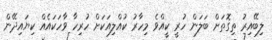
ލިބޭއިރު ތިގޮތަށް ބަލަން ހުރީ ކީއްވެ މިހާރު ކުއްލިއަކަށް ހުރިހާ ވާހަކައެއް ކިޔައިދޭން